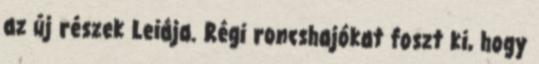
az új részek Leiája. Régi roncshajókat foszt ki, hogy